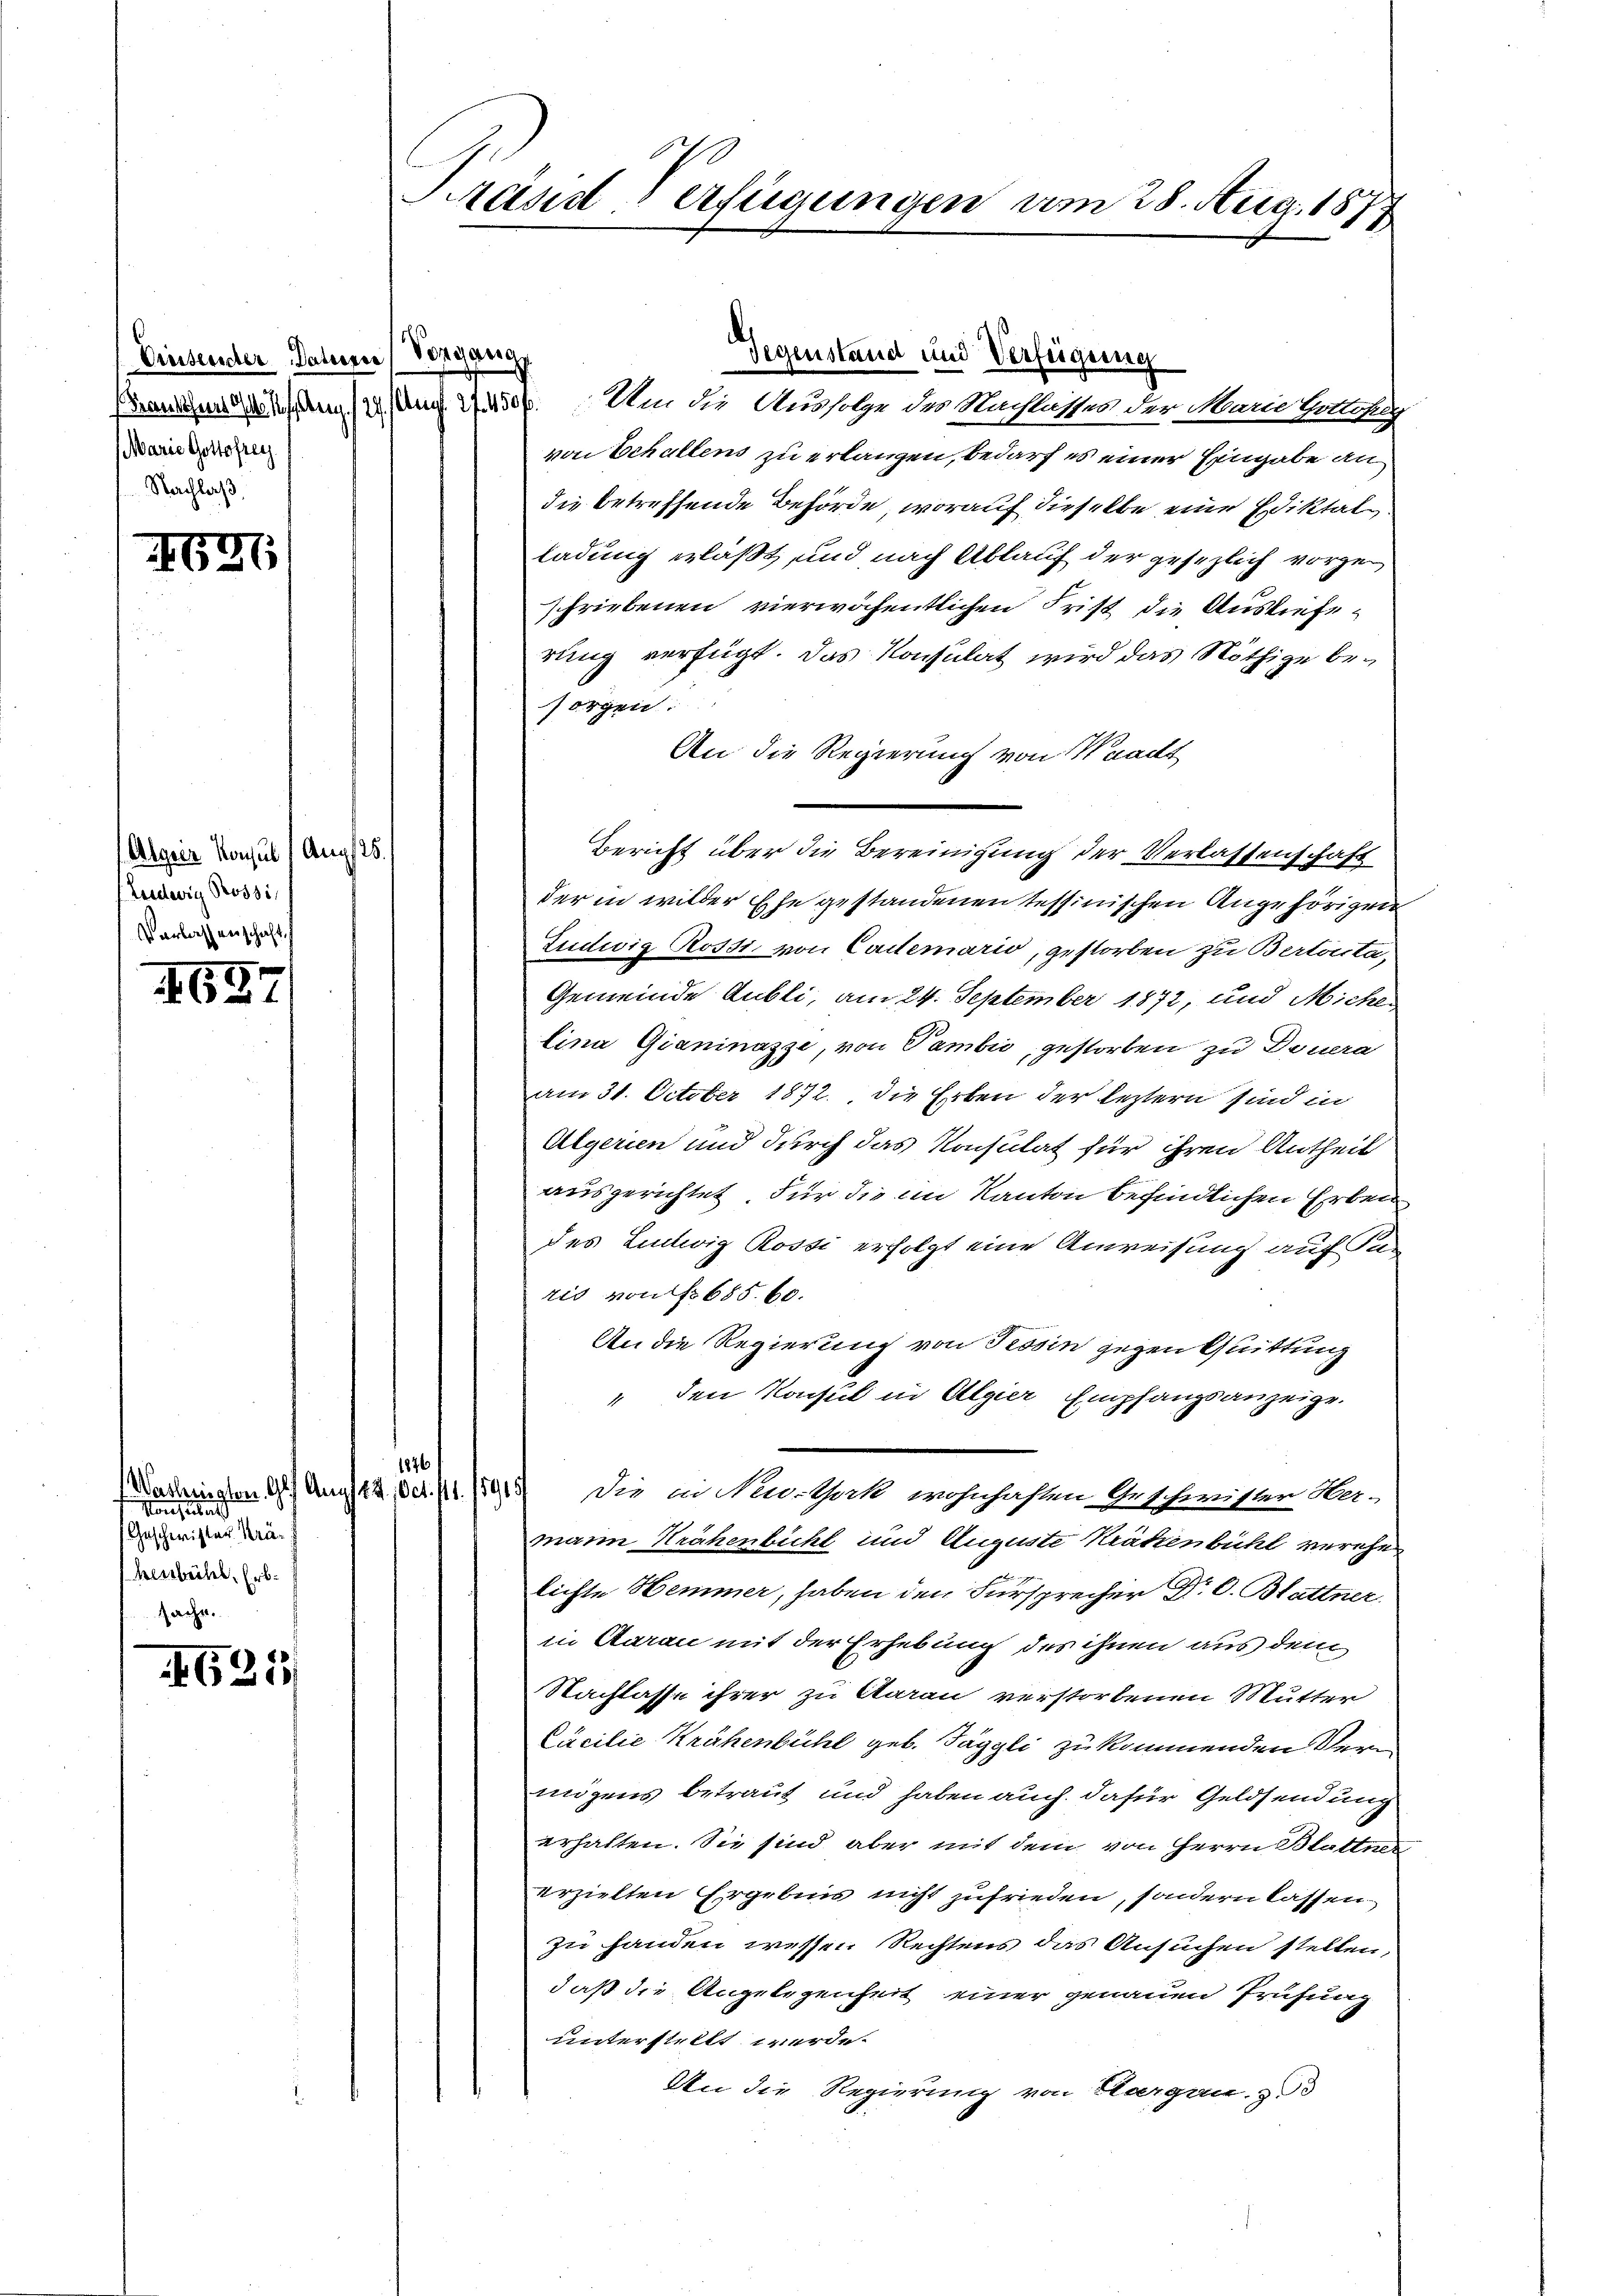
Einsender Datum Vorganan
Marie Gottofrey
Nachlaß

621

(Algeiz Konsul (Aug 25.
Luedewig Rossi
Verlassenschaft

I

eine eine
Geschwister Kräf
henbühl, Erbsache.

IG25

Kräsd Verfügungen am 28. Aug. 1877

von Echallens zu erlangen, bedarf es einer Eingabe an
die betreffende Behörde, worauf dieselbe eine Ediktalladung erläßt, und nach Ablauf der gesezlich vorzu
schriebenen vierwöchentlichen Frist die Auslieferung verfügt. Das Konsulat wird das Nöthige besorgen:
An die Regierung von Waadt
der in wilder Ehe gestandenen tessinischen Angehörigen
Ludwig Rossi, von Cartemario, gestorben zu Bertota,
Gemeinde Aubli, am 24. September 1872, und Michen
lina Gianinazze, von Tambić, gestorben zu Deuera
am 31. October 1872, die Erben der leztern sind in
Algerien und durch das Konsulat für ihren Antheil
ausgerichtet. Für die im Kanton befindlichen Erben
des Ludwig Rossi erfolgt eine Anweisung auf Tag
ris von No 685. 60.
An die Regierung von Tessin gegen Quittung
" den Konsul in Algier Empfangsanzeige.
1876
Vaskisten 9. Aug. 14. Oct. 11. 1913) Die in Neu-Gack wohnhaften Geschwister Na-
mann Krähenbichl und Auguste Kräkenbühl verehe
lichte Hemmer, haben den Fürsprecher Dr. C. Blattner
in Aarau mit der Erhebung des ihnen aus dem
Nachlasse ihrer zu Aarau verstorbenen Mutter
Cäcilie Krähenbichl geb. Jäggli zu kommenden Vermögens betraut und haben auch dafür Geldsendung
erhalten. Sie sind aber mit dem von Herrn Blattner
erzielten Ergebnis nicht zufrieden, sondern lassen.
zu handen wessen Rechtens das Ansuchen stellen,
daß die Angelegenheit einer genauen Prüfung
unterstellt werde.
An die Regierung von Hargau. B

Gegenstand und Verfügung
ßenschen lassen (2. Am 27. 4500. Um die Ausfolge des Nachlasses der Marie Hollosig

Bericht über die Bereinigung der Verlassenschaft